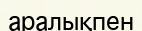
аралықпен